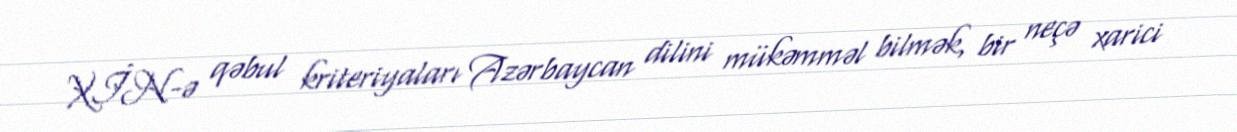
XİN-ə qəbul kriteriyaları Azərbaycan dilini mükəmməl bilmək, bir neçə xarici